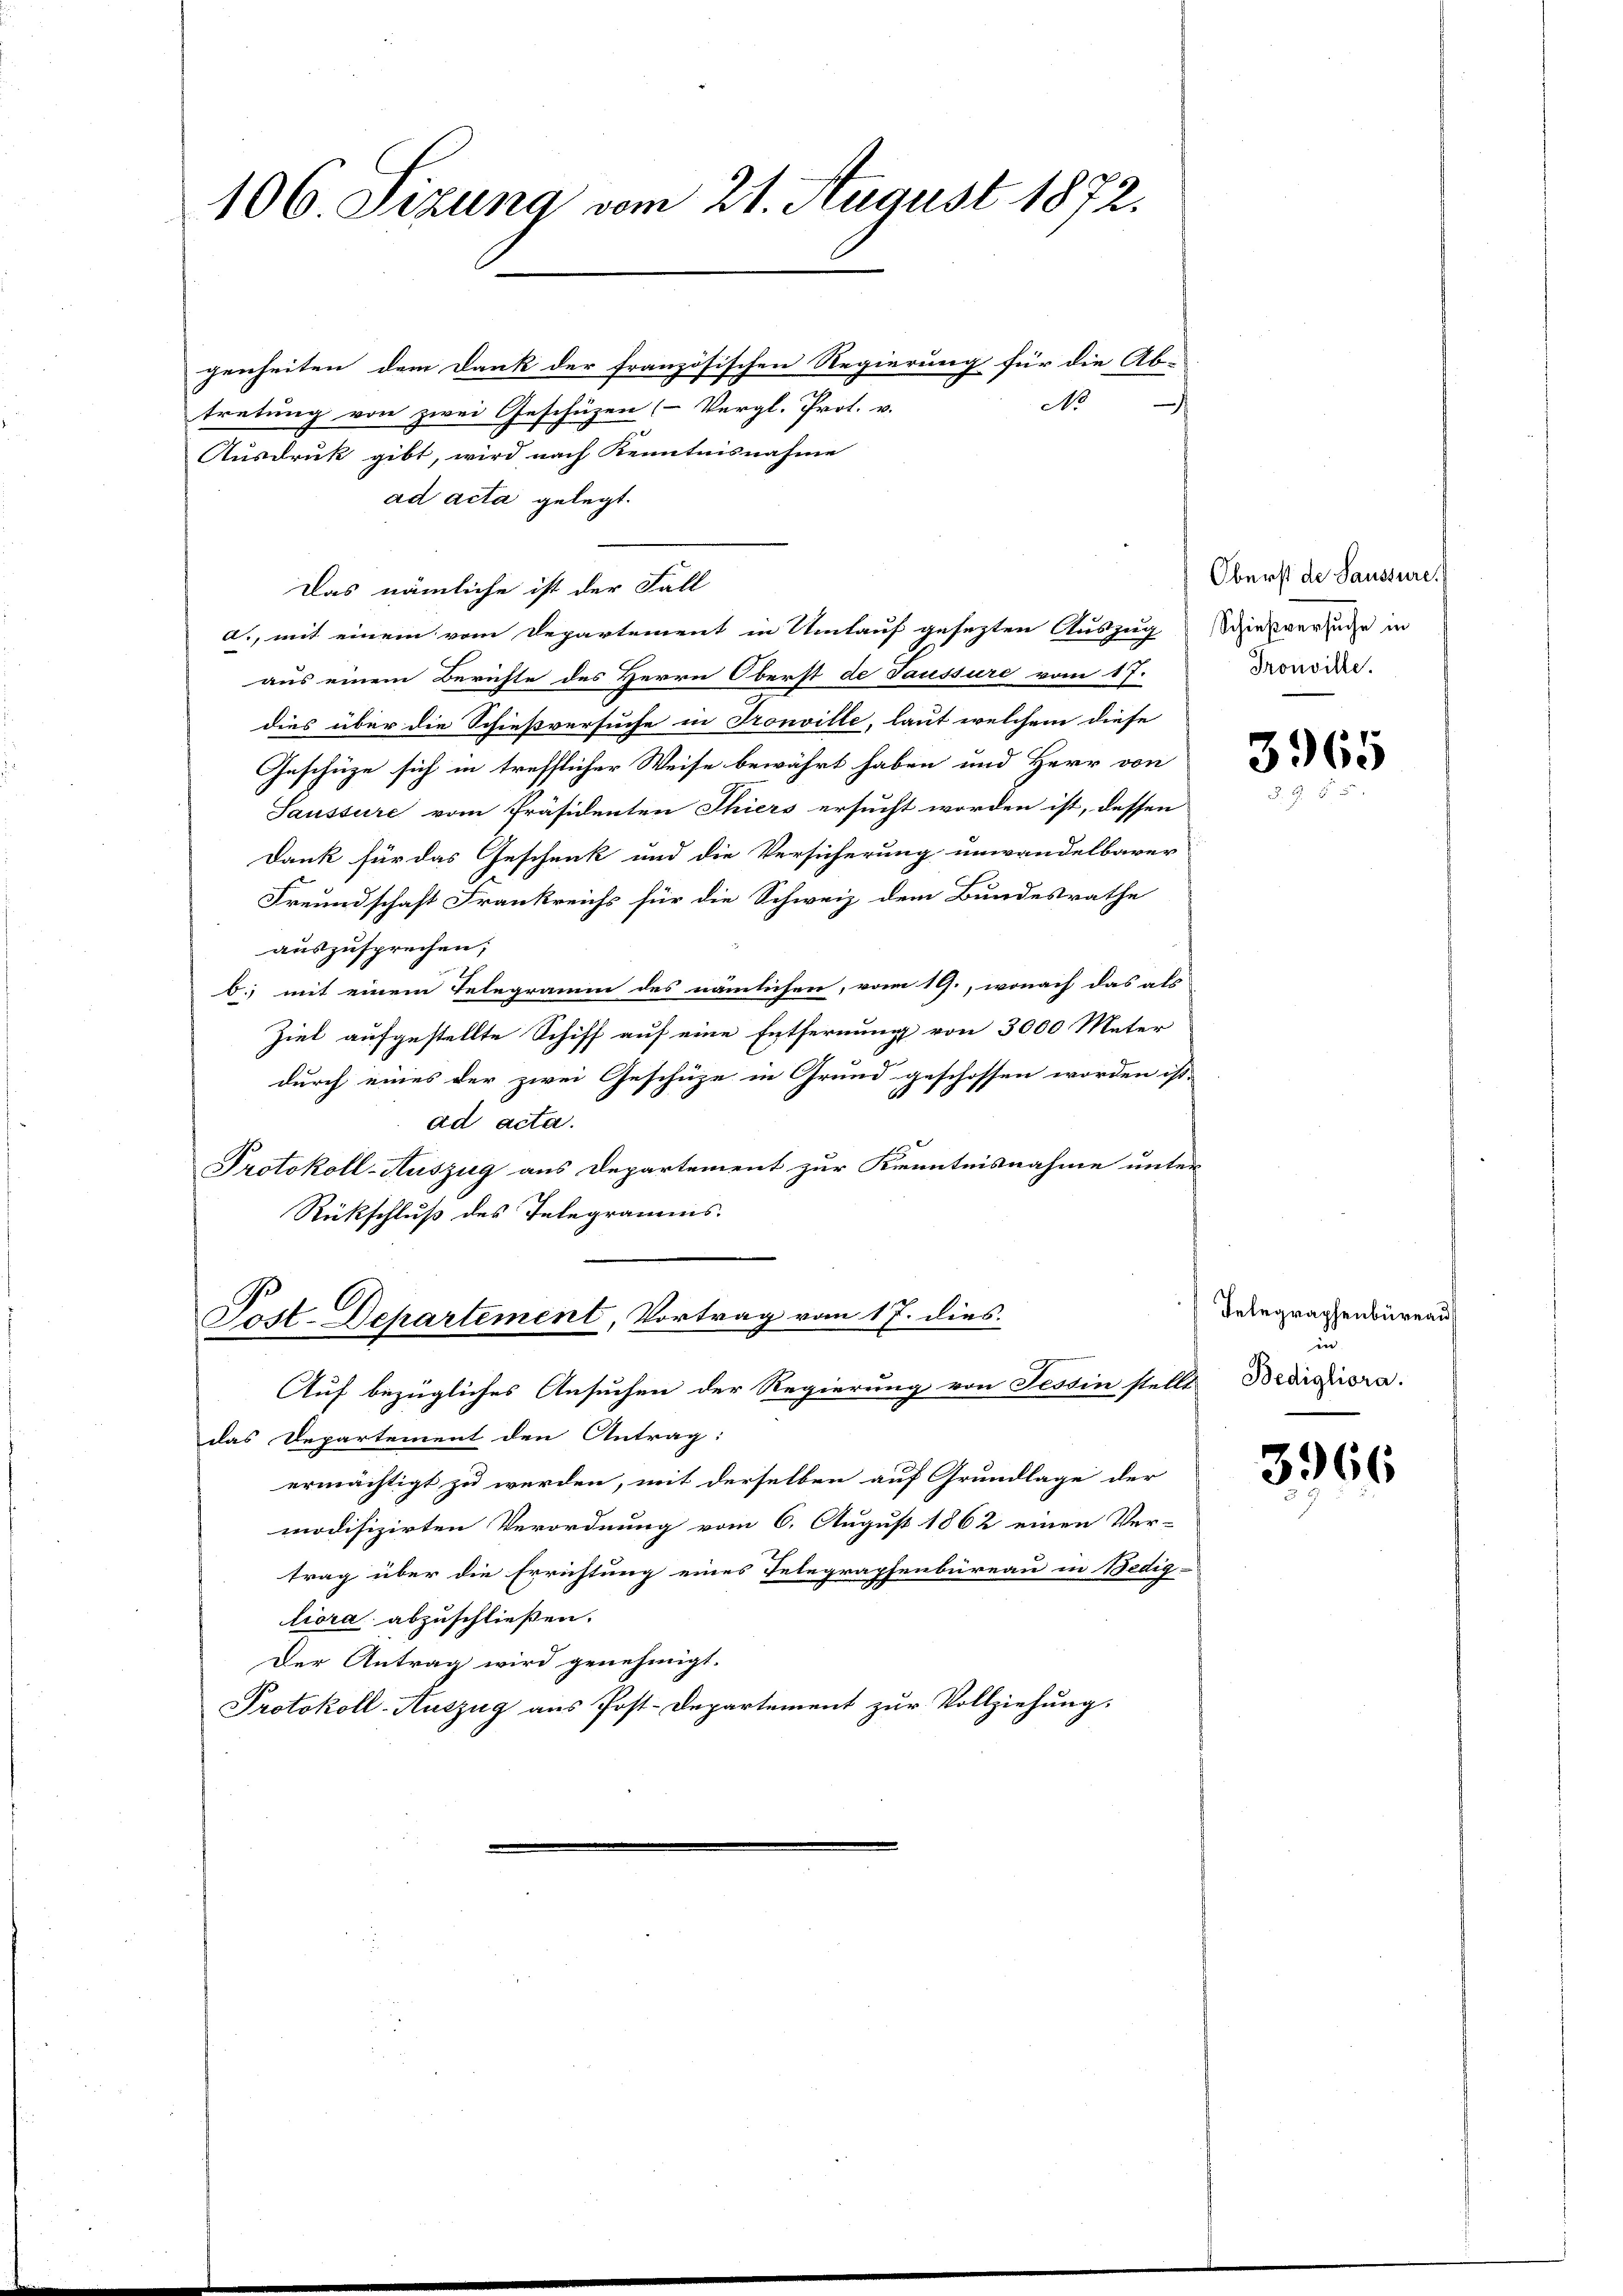
106. Sizung vom 21. August 1872.

genheiten dem Dank der französischen Regierung für die Ab-
No
.
tretung von zwei Geschüzen (Vergl. Prot. v.
Ausdruk gibt, wird nach Kenntnisnahme
ad acta gelegt.
Das nämliche ist der Fall
d., mit einem vom Departement in Umlauf gesezten Auszug
aus einem Berichte des Herrn Oberst de Taussure vom 17.
dies über die Schießversuche in Tronville, laut welchem diese
Geschüze sich in trefflicher Weise bewährt haben und Herr von
Saussure vom Präsidenten Thiers ersucht worden ist, dessen
Dank für das Geschenk und die Versicherung unwandelbarer
Freundschaft Frankreichs für die Schweiz dem Bundesrathe
auszusprechen;
b. mit einem Telegramm des nämlichen, vom 19., wonach das als
Ziel aufgestellte Schiff auf eine Entfernung von 3000 Meter
durch eines der zwei Geschüze in Grund geschossen worden ist.
ad acta.
Protokoll-Auszug aus Departement zur Kenntnisnahme unter
Rückschluß des Telegramms.

Post-Departement, Vortrag vom 17. dies
Auf bezügliches Ansuchen der Regierung von Tessin stellt

das Departement den Antrag:
ermächtigt zu werden, mit derselben auf Grundlage der
modifizirten Verordnung vom 6. August 1862 einen Ver-
trag über die Errichtung eines Telegraphenbureau in Bedig-
liora abzuschließen.
Der Antrag wird genehmigt.
Protokoll-Auszug aus Post-Departement zur Vollziehung.

Oberst de Saussure.
Schießversuche in
Tronville.

3965

Telegraphenbüreau
en |
Bedigliora.

3966